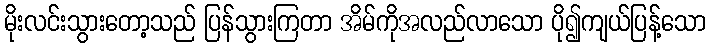
မိုးလင်းသွားတော့သည် ပြန်သွားကြတာ အိမ်ကိုအလည်လာသော ပို၍ကျယ်ပြန့်သော